Report of the King Institute of Preventive Medicine, Guindy
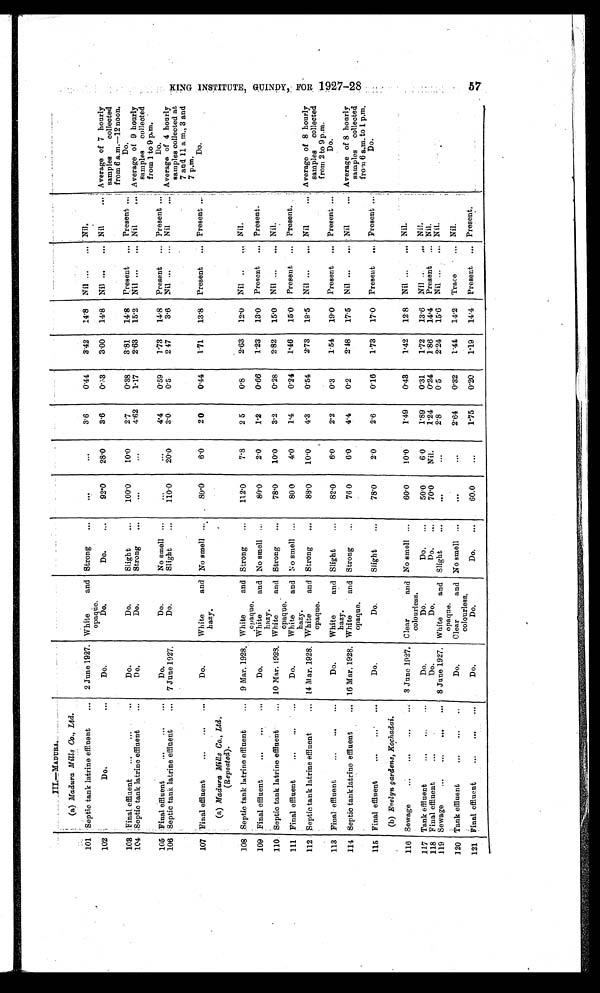
•
III.-MADURA.
.
(a) Madura Mills Co., Ltd.
101 Septic tank latrine effluent
...
2 June 1927. White
and
opaque.
Strong
-
...
...
3.6
0.44
3.42
1 4 . 8
Nil ...
- Nil.
102
103
Do.
Final effluent
...
...
...
Do.
Do.
Do.
Do.
Do.
Slight
-
92.0
100.0
28.0
10.0
3.6
2.7
0.53
0.38
3.00
3.81
14.8
1 4 . 8
Nil ...
Present
...
Nil
1
Present ...
Average of 7 hourly
samples
collected
from 6 a.m.-12 noon.
Do.
104 Septic tank latrine effluent
...
Do.
Do.
Strong
•••
•••
4.62
1 . 1 7 2.63
15.2
Nil ...
... Nil
.... Average of 9 hourly
samples collected
from 1 to 9 p.m.
105 .Final effluent
...
...
...
Do.
Do.
No smell ...
...
...
4.4
0.59
1.73
14.8
Present
... Present ...
Do.
106 Septic tank latrine effluent
...
7 June 1927.
Do.
Slight
...
1 1 0 . 0 20.0
3.0
0.5
2.47
3.6
Nil ...
... Nil
... Average of 4 hourly
samples collected at
7 and 11 a m., 3 and
7p.m.
107 Final effluent
...
...
...
Do.
White
and
hazy.
No smell ...
80.0
6.0
2.0
0.44
1.71
13.8 Present
- Present ...
Do.
( a) Madura Mills Co., Ltd.
(Repeated).
.
108 Septic tank latrine effluent
...
9 Mar. 1928. White
and
opaque.
Strong
...
1 1 2 . 0
7.8
2.5
0.8
2.63
12.0
Nil ..
... Nil.
109 Final effluent
...
...
...
Do.
White
and
hazy.
No smell
80.0
2.0
1 . 2 0.66
1.23
13.0
Present
... Present.
110 Septic tank latrine effluent
... 10 Mar. 1928. White
and Strong
...
78.0
10.0
3.2
0.28
2.82
15.0
Nil ...
... Nil
opaque.
111 Final effluent
...
...
...
Do.
White
and
hazy.
N o smell ...
80.0
4.0
1 . 4 0.24
1.46
15.0
Present ... Present.
112. Septic tank latrine effluent
... 14 Mar. 1928. White
and
opaque.
Strong
...
88.0
10.0
4.3
0.54
2 . 7 3
19.5
Nil ...
. . . Nil
... Average of 8 hourly
samples collected
from 2 to 9 p.m.
113 Final effluent
...
...
...
Do.
White
and
hazy.
Slight
...
82.0
6.0
2 . 2
0.3
1.54
19.0 Present
... Present ...
Do.
114 Septic tank latrine effluent
... 16 Mar. 1928. White
and
opaque.
Strong
76.0
6.0
4.4
0.2
2.48
17.5
Nil ...
... . Nil
... Average of 8 hourly
samples collected
from 6 a.m. to 1 p.m.
115
116
Final effluent
...
...
(b) Evelyn gardens, Kochadai.
Sewage
...
...
...
Do.
3 June 1927.
Do.
Clear
and
colourless.
Slight
No smell
...
...
78.0
60.0
2.0
10.0
2.6
1 . 4 9
0.16
0.43
1.73
1.42
17. 0
12.8
Present
Nil ...
...
...
Present .. .
Nil.
Do.
117
118
Tank effluent
...
...
Final effluent
...
...
Do.
Do.
Do.
Do.
Do.
Do.
...
...
50.0
70.0
6.0
Nil.
1 . 8 9
1 . 2 4
0.31
0.24
1.72
1.86
13.6
14.4
Nil ..
Present
. . .
...
Nil.
Nil.
119 Sewage
...
...
...
... 8 June 1927. White
and
opaque.
Slight
...
. . .
...
2 . 8 0.5
2 . 2 4
15.6
Nil ...
... Nil.
120 Tank effluent
... ... ...
Do.
Clear
and
colourless.
No smell ...
. . .
. . .
2.64
0.32
1.44
14.2
Trace
... Nil.
121
Final effluent
...
...
...
Do.
Do.
Do.
...
60.0
...
1 . 7 5
0 . 2 0 1.19
14.4
Present
... Present
M
t•-n
4F-1
O•
1-1
c.0
L\D
CO